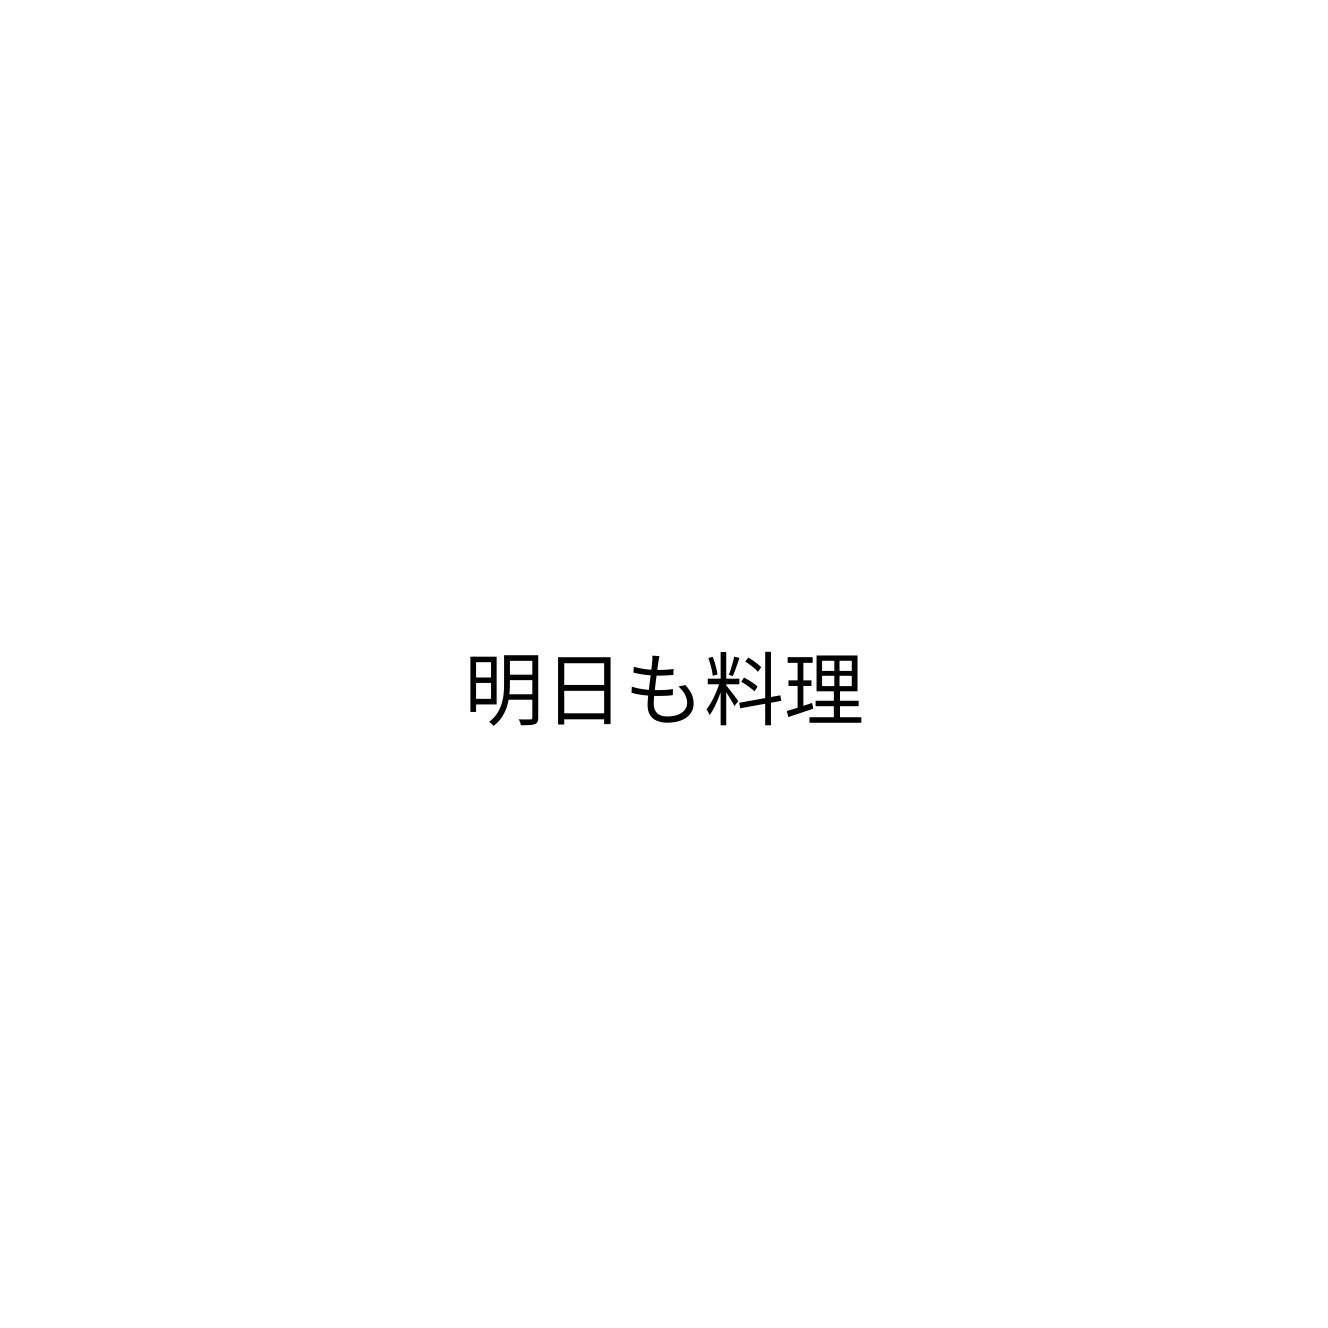
明日も料理